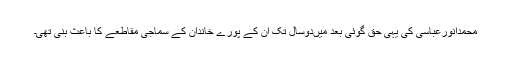
محمدانورعباسی کی یہی حق گوئی بعد میںدوسال تک اُن کے پورے خاندان کے سماجی مقاطعے کا باعث بنی تھی۔